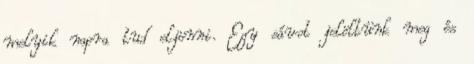
melyik napra tud eljönni. Egy sávot jelöltünk meg és